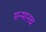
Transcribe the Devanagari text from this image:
सन्मानच